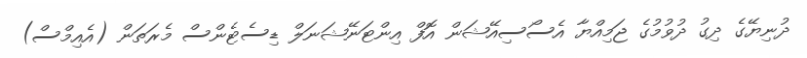
ދުނިޔޭގެ ދިގު ދުވުމުގެ ޖަމިއްޔާ އެސޯސިއޭޝަން އޮފް އިންޓަނޭޝަނަލް ޑިސެޓެންސް މެރަތަން (އެއިމްސް)